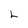
Character: L